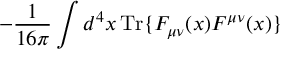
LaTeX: - \frac { 1 } { 1 6 \pi } \int d ^ { 4 } x \, \mathrm { T r } \{ F _ { \mu \nu } ( x ) F ^ { \mu \nu } ( x ) \}